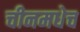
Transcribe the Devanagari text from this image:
चीनमधेच